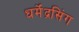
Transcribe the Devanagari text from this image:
धर्मेंद्रसिंग